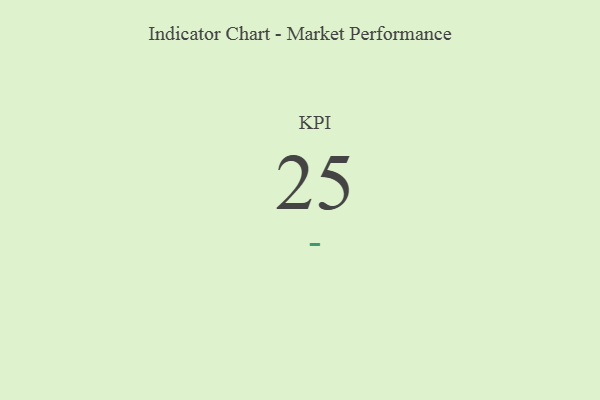
{"axis": {"x": "KPI", "y": "Value"}, "legend": [""], "data": [{"x": "KPI", "y": 25, "type": ""}]}